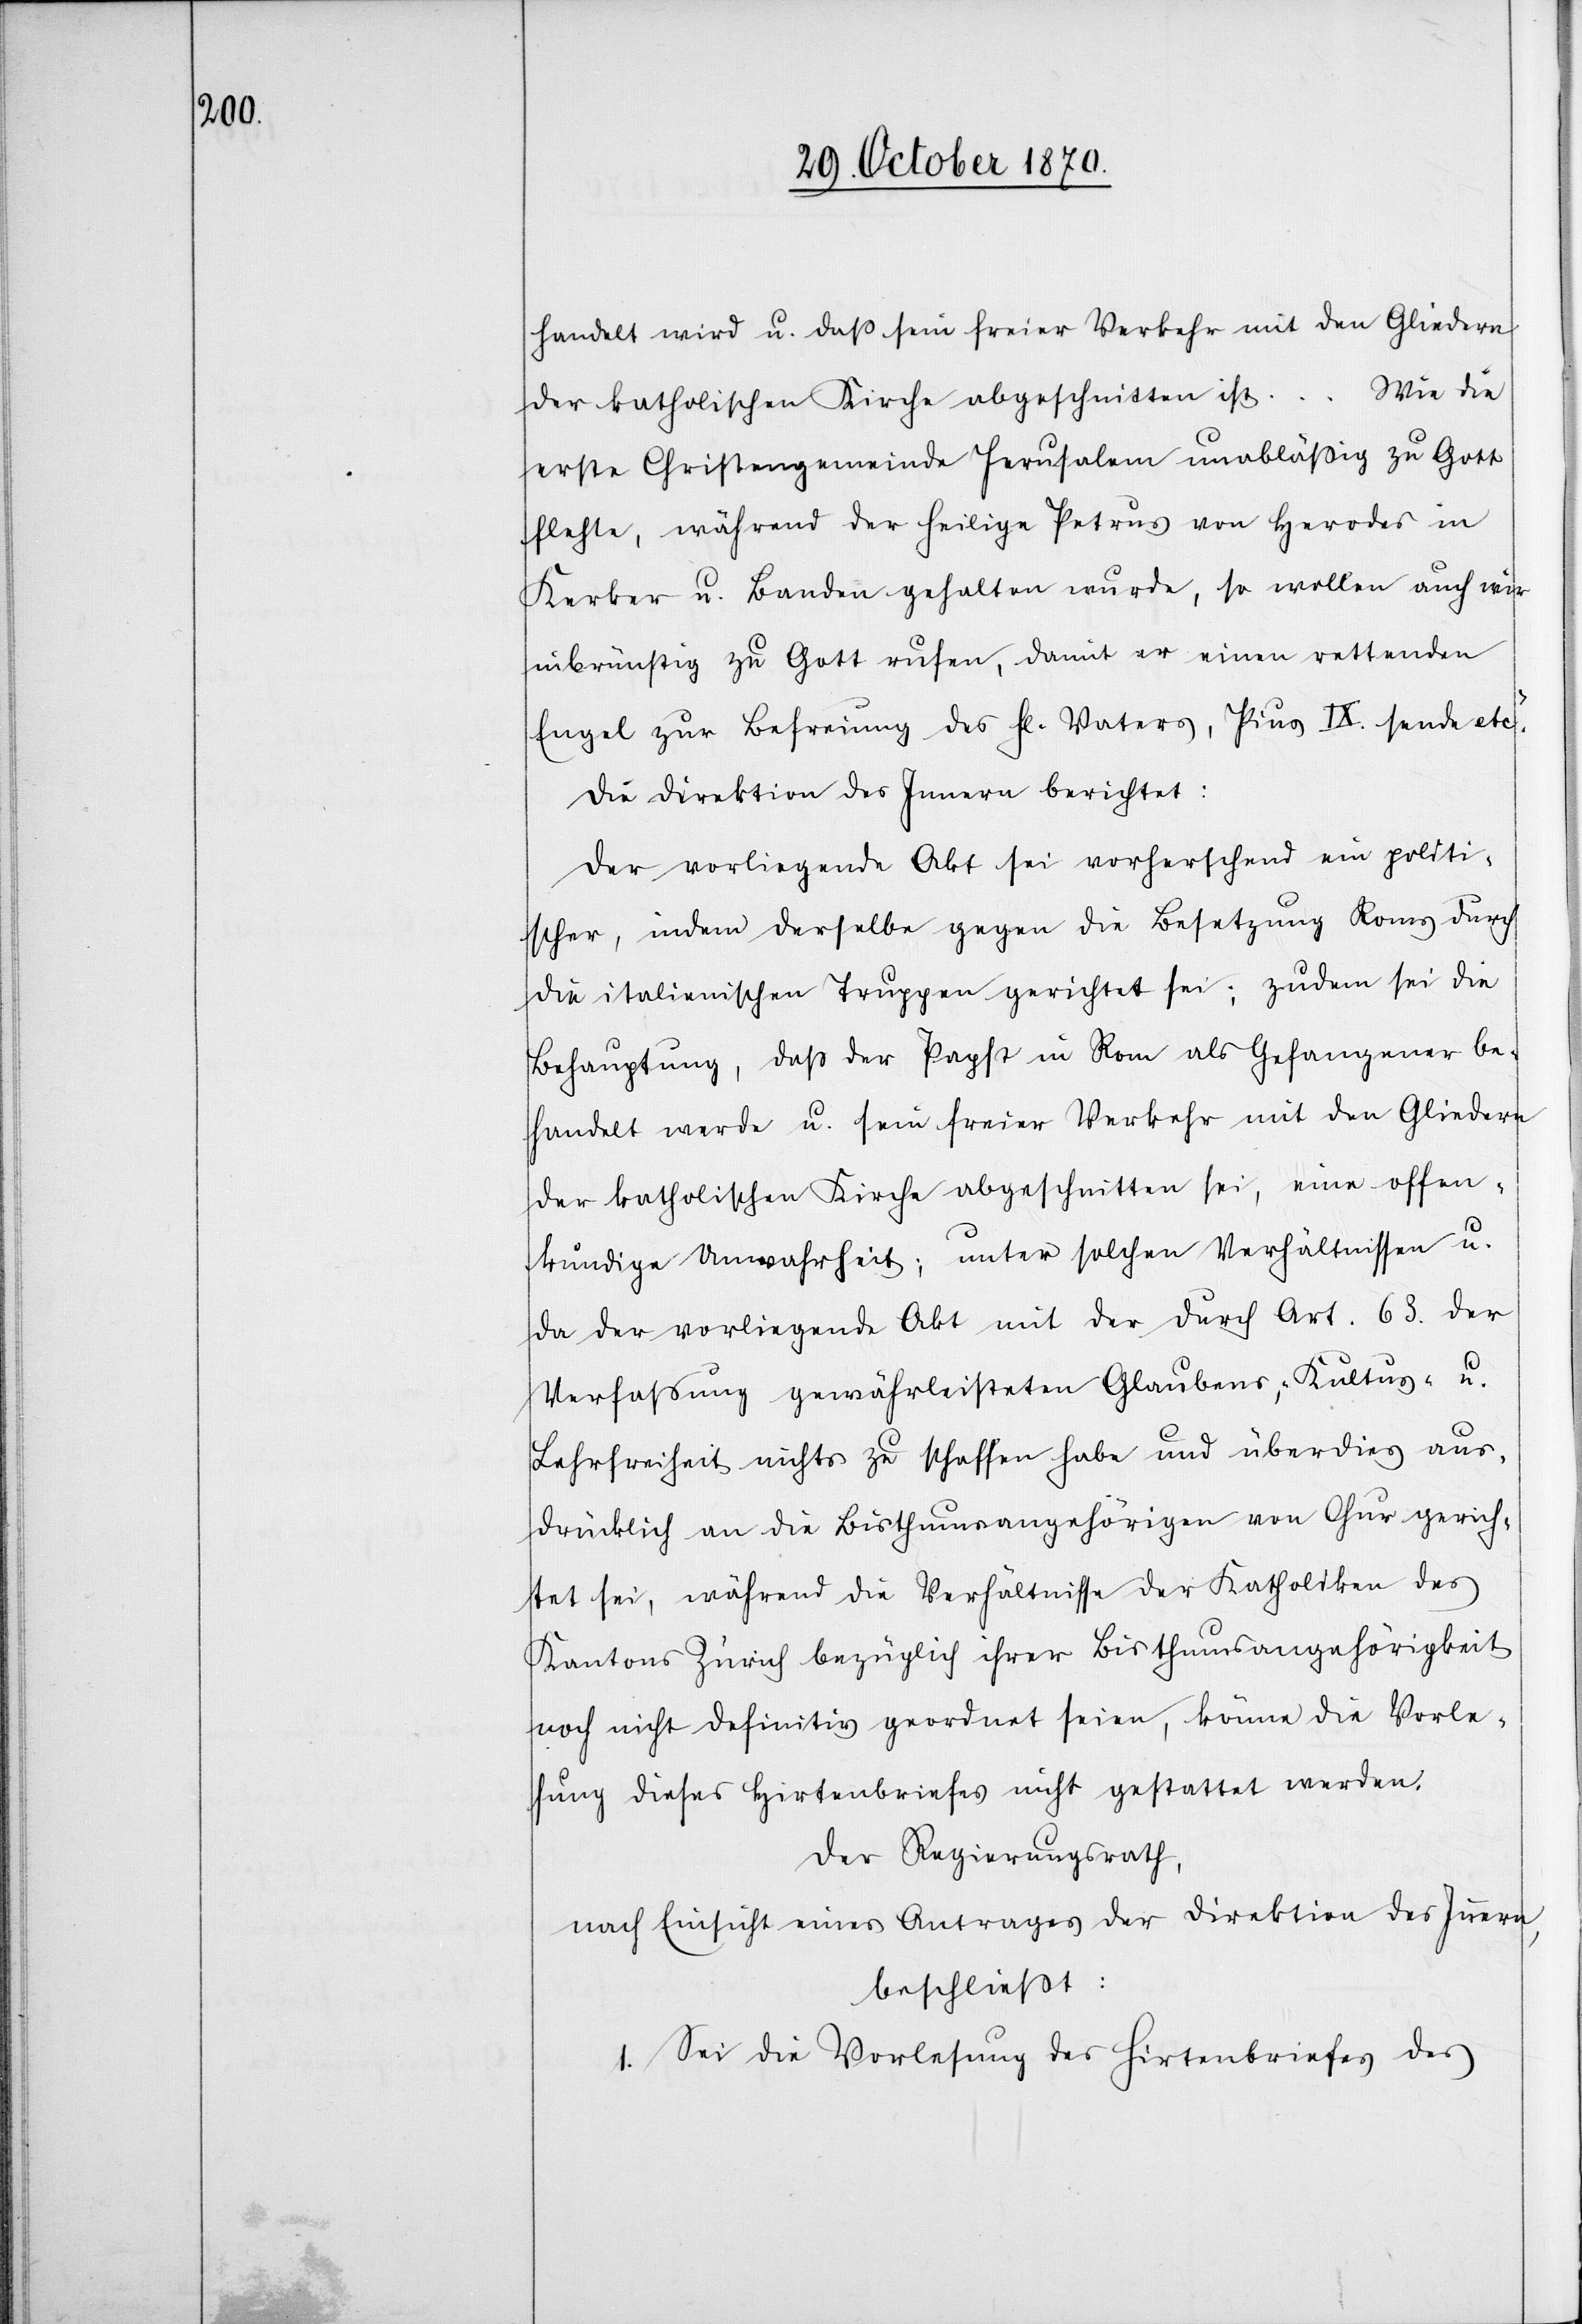
handelt wird u. daß sein freier Verkehr mit den Gliedern
Wie die
der katholischen Kirche abgeschnitten ist …
erste Christengemeinde Jerusalem unabläßig zu Gott
flehte, während der heilige Petrus von Herodes in
Kerker u. Banden gehalten wurde, so wollen auch wir
inbrünstig zu Gott rufen, damit er einen rettenden
Engel zur Befreiung des hl. Vaters, Pius IX. sende etc.“
Die Direktion des Innern berichtet:
Der vorliegende Akt sei vorherrschend ein politi¬
scher, indem derselbe gegen die Besetzung Roms durch
die italienischen Truppen gerichtet sei; zudem sei die
Behauptung, daß der Papst in Rom als Gefangener be¬
handelt werde u. sein freier Verkehr mit den Gliedern
der katholischen Kirche abgeschnitten sei, eine offen¬
kundige Unwahrheit; unter solchen Verhältnissen u.
da der vorliegende Akt mit der durch Art. 63. der
Verfassung gewährleisteten Glaubens-, Kultus- u.
Lehrfreiheit nichts zu schaffen habe und überdies aus¬
drücklich an die Bisthumsangehörigen von Chur gerich¬
tet sei, während die Verhältnisse der Katholiken des
Kantons Zürich bezüglich ihrer Bisthumsangehörigkeit
noch nicht definitiv geordnet seien, könne die Verle¬
sung dieses Hirtenbriefes nicht gestattet werden.
Der Regierungsrath,
nach Einsicht eines Antrages der Direktion des Innern,
beschließt:
I. Sei die Verlesung des Hirtenbriefes des